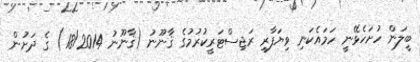
ބީލަން ހުށަހެޅޭނީ ހަމައެކަނި ވިޔަފާރި ރަޖިސްޓަރީކުރުމުގެ ޤާނޫނު (ޤާނޫނު 18/2014) ގެ ދަށުން